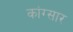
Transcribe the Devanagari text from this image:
कांग्सार